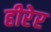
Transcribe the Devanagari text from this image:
हीरेर